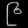
Digit: ၉